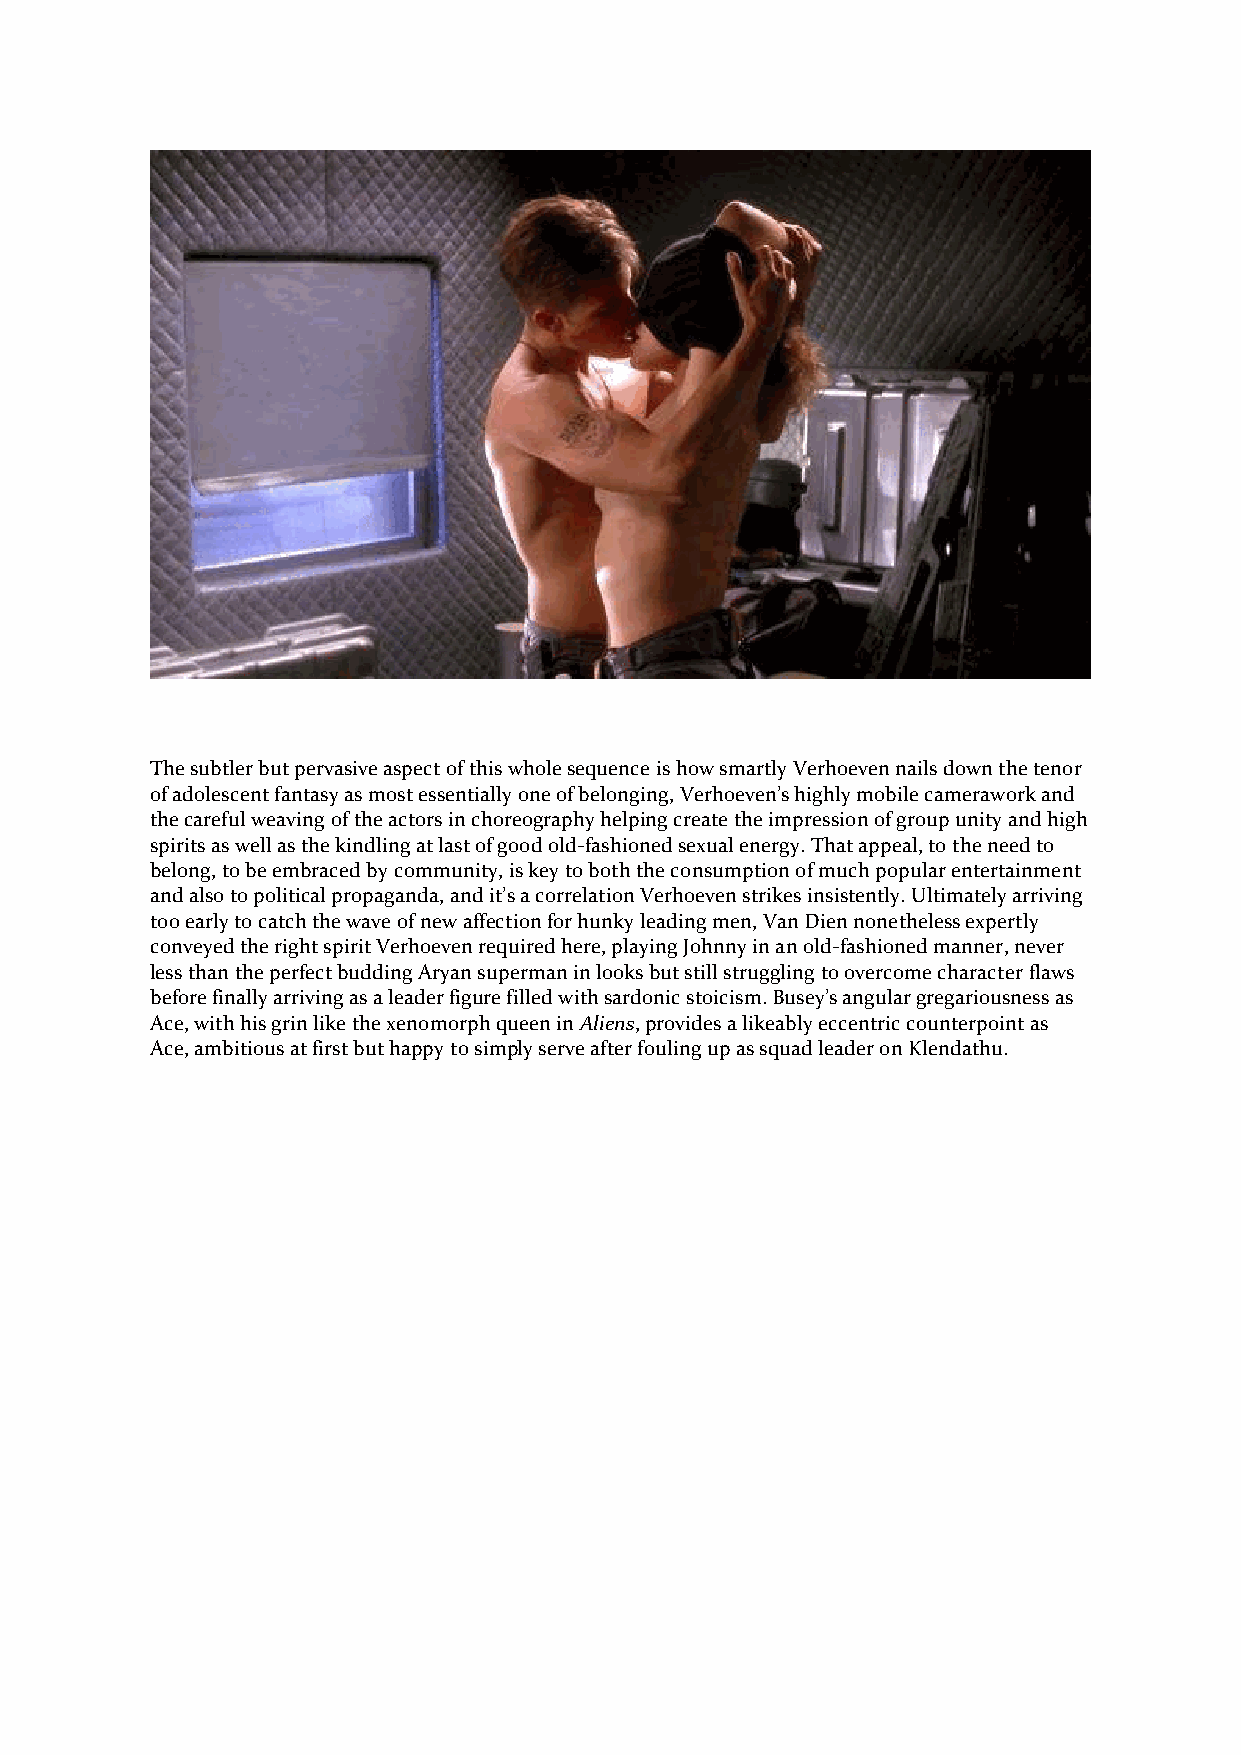
The subtler but pervasive aspect of this whole sequence is how smartly Verhoeven nails down the tenor
 of adolescent fantasy as most essentially one of belonging, Verhoeven’s highly mobile camerawork and
 the careful weaving of the actors in choreography helping create the impression of group unity and high
 spirits as well as the kindling at last of good old-fashioned sexual energy. That appeal, to the need to
 belong, to be embraced by community, is key to both the consumption of much popular entertainment
 and also to political propaganda, and it’s a correlation Verhoeven strikes insistently. Ultimately arriving
 too early to catch the wave of new affection for hunky leading men, Van Dien nonetheless expertly
 conveyed the right spirit Verhoeven required here, playing Johnny in an old-fashioned manner, never
 less than the perfect budding Aryan superman in looks but still struggling to overcome character flaws
 before finally arriving as a leader figure filled with sardonic stoicism. Busey’s angular gregariousness as
 Ace, with his grin like the xenomorph queen in Aliens, provides a likeably eccentric counterpoint as
 Ace, ambitious at first but happy to simply serve after fouling up as squad leader on Klendathu.